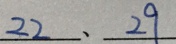
2 2 、 2 9